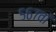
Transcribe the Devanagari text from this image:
५६७वां